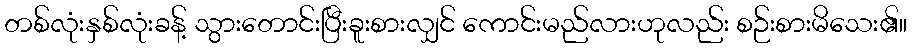
တစ်လုံးနှစ်လုံးခန့် သွားတောင်းပြီးခူးစားလျှင် ကောင်းမည်လားဟုလည်း စဉ်းစားမိသေး၏။